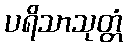
ပရိသာသုတ္တံ